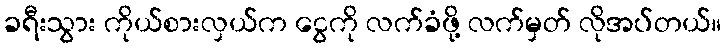
ခရီးသွား ကိုယ်စားလှယ်က ငွေကို လက်ခံဖို့ လက်မှတ် လိုအပ်တယ်။